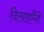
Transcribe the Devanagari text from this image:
दिलाएँगे